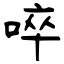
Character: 啐